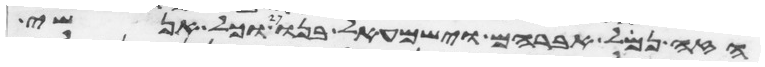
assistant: הזה נמל אברהם וישמעאל בנו וכל אנשי